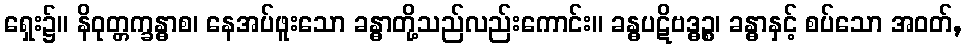
ရှေး၌။ နိဝုတ္တက္ခန္ဓာစ၊ နေအပ်ဖူးသော ခန္ဓာတို့သည်လည်းကောင်း။ ခန္ဓပဋိဗဒ္ဓဉ္စ၊ ခန္ဓာနှင့် စပ်သော အဝတ်,